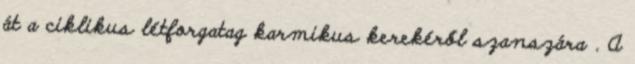
át a ciklikus létforgatag karmikus kerekéről szanszára . A